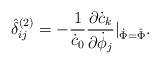
LaTeX: \begin{align*}\hat \delta^{(2)}_{ij}=-\frac{1}{\dot c_0}\frac{\partial \dot c_k}{\partial \dot \phi_j}|_{\dot\Phi=\hat \Phi}. \end{align*}